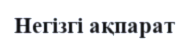
Негізгі ақпарат